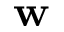
\textbf { w }